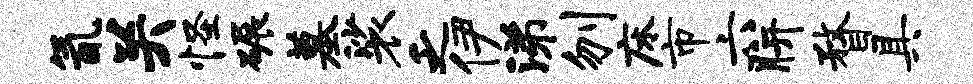
氤关怪碾墓裟乏伊涕刎床市六胼瞀具